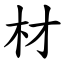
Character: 材